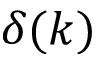
\delta ( k )